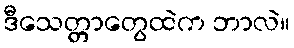
ဒီသေတ္တာတွေထဲက ဘာလဲ။